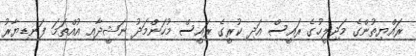
ރައްޔިތުންގެ މަޖިލީހުގެ ރައީސް އަދި ކުރީގެ ރައީސް މުހަންމަދު ނަޝީދާއި އުއްތަމަ ފަނޑިޔާރު